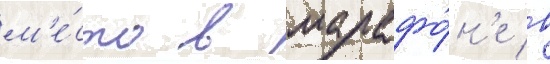
м'е́сто в марафо́н'е в